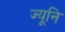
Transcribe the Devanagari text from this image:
ज्यूनि